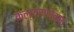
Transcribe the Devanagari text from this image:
कल्याणपेक्षा